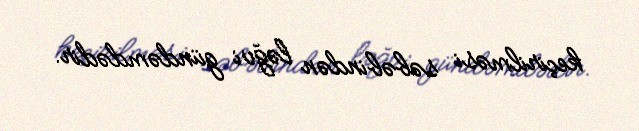
keçirilməsi səbəbindən ləğvi gündəmdədir.